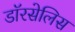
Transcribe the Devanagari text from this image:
डॉरसेलिस